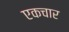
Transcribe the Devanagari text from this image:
एकचार